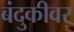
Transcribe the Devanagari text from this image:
बंदुकीवर